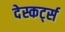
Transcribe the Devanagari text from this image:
देस्कर्ट्स